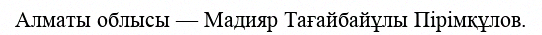
Алматы облысы — Мадияр Тағайбайұлы Пірімқұлов.